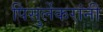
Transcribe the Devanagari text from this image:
पिसुर्लेकरांनी